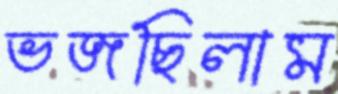
ভজছিলাম